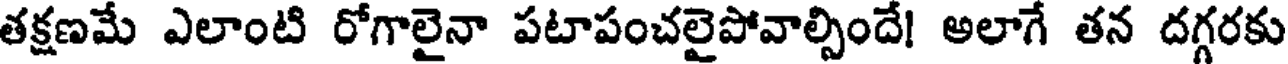
తక్షణమే ఎలాంటి రోగాలైనా పటాపంచలైపోవాల్సిందే! అలాగే తన దగ్గరకు